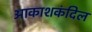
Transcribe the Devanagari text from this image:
आकाशकंदिल